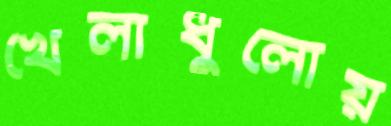
খেলাধুলোয়